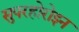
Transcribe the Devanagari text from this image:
सुपरहोरोइन